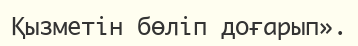
Қызметін бөліп доғарып».